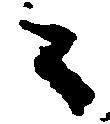
々